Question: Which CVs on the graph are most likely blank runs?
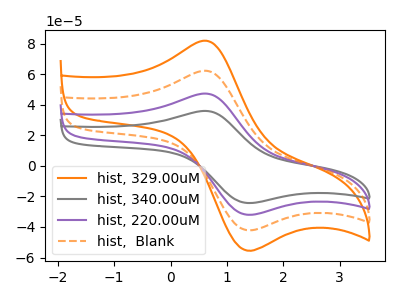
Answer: <think>The orange curve "hist, 329.00uM" has an anodic peak at (0.60V, 141.75uA) and a cathodic peak at (1.30V, -95.25uA). The gray curve "hist, 340.00uM" has an anodic peak at (0.60V, 35.90uA) and a cathodic peak at (1.30V, -24.10uA). The purple curve "hist, 220.00uM" has an anodic peak at (0.60V, 47.25uA) and a cathodic peak at (1.30V, -31.75uA). The orange dashed curve "hist,  Blank" has an anodic peak at (0.60V, 94.50uA) and a cathodic peak at (1.30V, -63.50uA).</think>
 <answer>There are not any CV's on this graph that are likely to be blanks.</answer>
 <eval>none</eval>